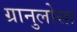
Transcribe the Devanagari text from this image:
ग्रानुलोसा